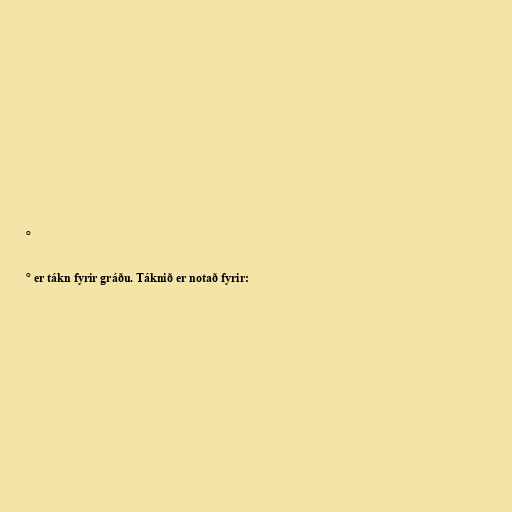
°

° er tákn fyrir gráðu. Táknið er notað fyrir: